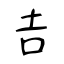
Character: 𠮷